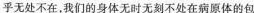
乎无处不在，我们的身体无时无刻不处在病原体的包